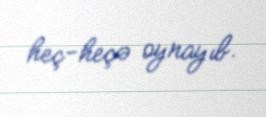
heç-heçə oynayıb.